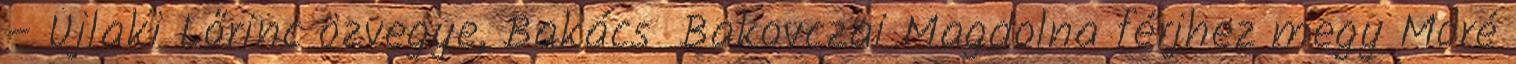
– Újlaki Lőrinc özvegye, Bakács Bakovczai Magdolna férjhez megy Móré